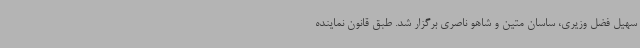
سهیل فضل وزیری، ساسان متین و شاهو ناصری برگزار شد. طبق قانون نماینده